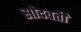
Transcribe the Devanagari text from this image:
सोदवती